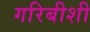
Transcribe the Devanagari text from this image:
गरिबीशी